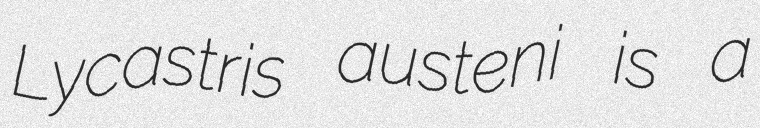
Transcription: Lycastris austeni is a